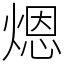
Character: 煾